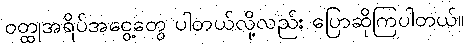
ဝတ္ထုအရိပ်အငွေ့တွေ ပါတယ်လို့လည်း ပြောဆိုကြပါတယ်။